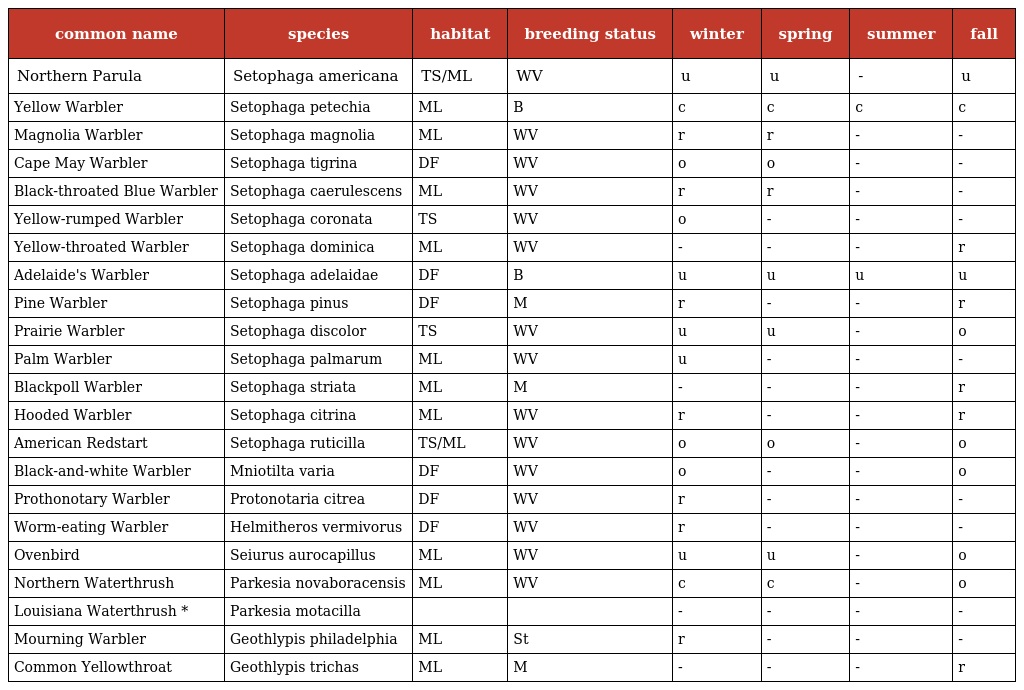
| common name | species | habitat | breeding status | winter | spring | summer | fall |
 | --- | --- | --- | --- | --- | --- | --- | --- |
 | Northern Parula | Setophaga americana | TS/ML | WV | u | u | - | u |
 | Yellow Warbler | Setophaga petechia | ML | B | c | c | c | c |
 | Magnolia Warbler | Setophaga magnolia | ML | WV | r | r | - | - |
 | Cape May Warbler | Setophaga tigrina | DF | WV | o | o | - | - |
 | Black-throated Blue Warbler | Setophaga caerulescens | ML | WV | r | r | - | - |
 | Yellow-rumped Warbler | Setophaga coronata | TS | WV | o | - | - | - |
 | Yellow-throated Warbler | Setophaga dominica | ML | WV | - | - | - | r |
 | Adelaide's Warbler | Setophaga adelaidae | DF | B | u | u | u | u |
 | Pine Warbler | Setophaga pinus | DF | M | r | - | - | r |
 | Prairie Warbler | Setophaga discolor | TS | WV | u | u | - | o |
 | Palm Warbler | Setophaga palmarum | ML | WV | u | - | - | - |
 | Blackpoll Warbler | Setophaga striata | ML | M | - | - | - | r |
 | Hooded Warbler | Setophaga citrina | ML | WV | r | - | - | r |
 | American Redstart | Setophaga ruticilla | TS/ML | WV | o | o | - | o |
 | Black-and-white Warbler | Mniotilta varia | DF | WV | o | - | - | o |
 | Prothonotary Warbler | Protonotaria citrea | DF | WV | r | - | - | - |
 | Worm-eating Warbler | Helmitheros vermivorus | DF | WV | r | - | - | - |
 | Ovenbird | Seiurus aurocapillus | ML | WV | u | u | - | o |
 | Northern Waterthrush | Parkesia novaboracensis | ML | WV | c | c | - | o |
 | Louisiana Waterthrush * | Parkesia motacilla |  |  | - | - | - | - |
 | Mourning Warbler | Geothlypis philadelphia | ML | St | r | - | - | - |
 | Common Yellowthroat | Geothlypis trichas | ML | M | - | - | - | r |